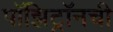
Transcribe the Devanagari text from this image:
पॉझिट्रॉनची